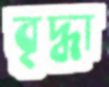
বৃদ্ধা